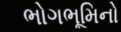
ભોગભૂમિનો